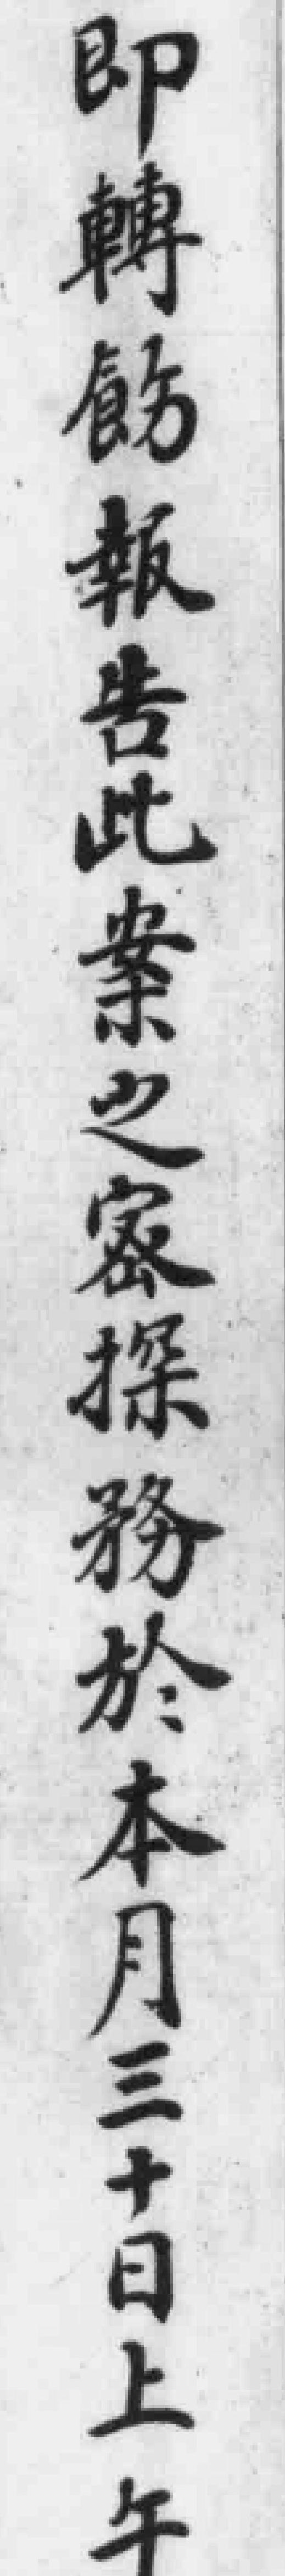
即轉飭報告此案之密探務於本月三十日上午